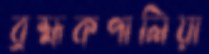
ব্রহ্মকপালিয়া